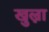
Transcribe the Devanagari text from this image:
खुल्ना